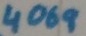
Text: 4069